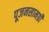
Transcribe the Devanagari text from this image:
पूजनसामग्री